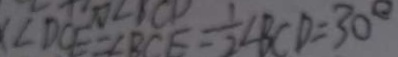
\angle D C E = \angle B C E = \frac { 1 } { 2 } \angle B C D = 3 0 ^ { \circ }